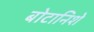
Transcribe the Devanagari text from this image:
बोटानिशे